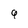
Character: 9